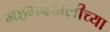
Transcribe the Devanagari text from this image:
महंमदअलीच्या